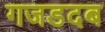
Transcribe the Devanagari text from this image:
गजडदब